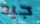
جيد